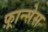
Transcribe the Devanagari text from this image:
फ़्रान्सेस